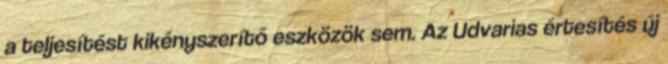
a teljesítést kikényszerítő eszközök sem. Az Udvarias értesítés új